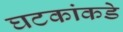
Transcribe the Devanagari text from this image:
घटकांकडे